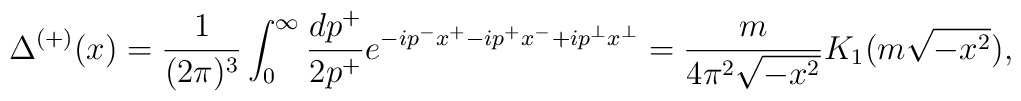
\Delta^{(+)}(x) =\frac{1}{(2\pi)^3}\int_{0}^{\infty}\frac{dp^+}{2p^+}e^{-ip^-x^+ -ip^+x^- +ip^{\bot}x^{\bot}}=\frac{m}{4\pi^2\sqrt{-x^2}}K_1 (m\sqrt{-x^2}),